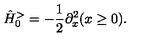
\hat { H } _ { 0 } ^ { > } = - \frac { 1 } { 2 } \partial _ { x } ^ { 2 } ( x \geq 0 ) .